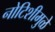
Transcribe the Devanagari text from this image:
नोटिशीमुळे